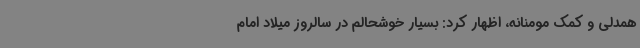
همدلی و کمک مومنانه، اظهار کرد: بسیار خوشحالم در سالروز میلاد امام